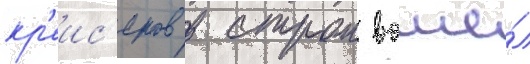
кр'еис'еров в строи вошё́л